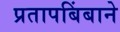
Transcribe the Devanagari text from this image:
प्रतापबिंबाने